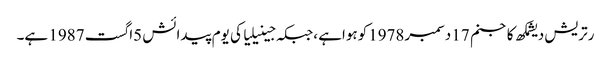
رتریش دیشمکھ کاجنم 17 دسمبر1978کوہواہے ،جبکہ جینیلیا کی یوم پیدائش 5اگست 1987 ہے۔